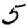
Digit: 5